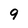
Character: 9